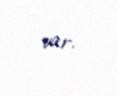
var.